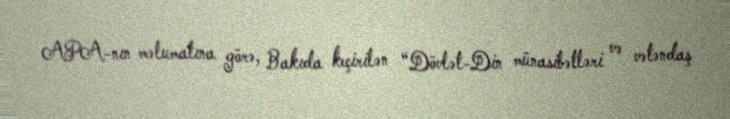
APA-nın məlumatına görə, Bakıda keçirilən “Dövlət-Din münasibətləri və vətəndaş